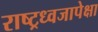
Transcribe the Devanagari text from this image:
राष्ट्रध्वजापेक्षा